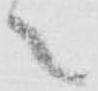
之